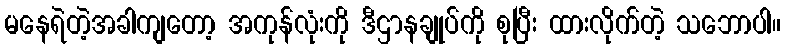
မနေရဲတဲ့အခါကျတော့ အကုန်လုံးကို ဒီဌာနချုပ်ကို စုပြီး ထားလိုက်တဲ့ သဘောပါ။